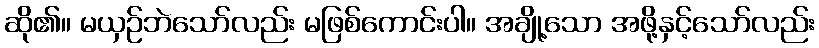
ဆို၏။ မယှဉ်ဘဲသော်လည်း မဖြစ်ကောင်းပါ။ အချို့သော အဖို့နှင့်သော်လည်း